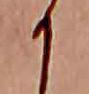
か